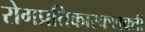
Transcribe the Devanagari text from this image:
रोगप्रतिकारकशक्ती